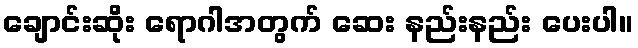
ချောင်းဆိုး ရောဂါအတွက် ဆေး နည်းနည်း ပေးပါ။